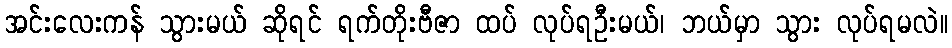
အင်းလေးကန် သွားမယ် ဆိုရင် ရက်တိုးဗီဇာ ထပ် လုပ်ရဦးမယ်၊ ဘယ်မှာ သွား လုပ်ရမလဲ။